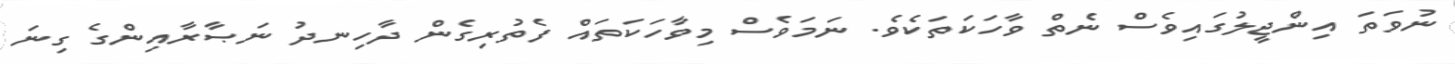
ނުވަތަ އިންޖީލުގައިވެސް ނެތް ވާހަކަތަކެވެ. ނަމަވެސް މިވާހަކަތައް ފެތުރިގެން ދާހިނދު ނަޞާރާއިންގެ ގިނަ